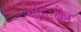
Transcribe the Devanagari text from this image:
बहिःक्षेत्र